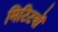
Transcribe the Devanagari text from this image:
मिटिटयों